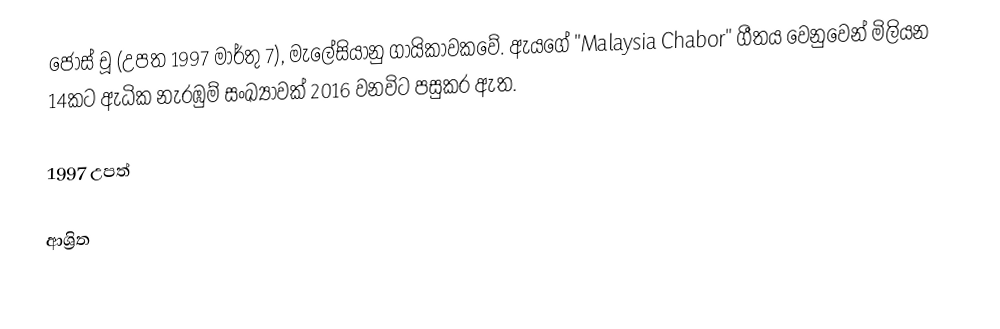
ජෝස් චූ (උපත 1997 මාර්තු 7), මැලේසියානු ගායිකාවකවේ. ඇයගේ "Malaysia Chabor" ගීතය වෙනුවෙන් මිලියන 14කට ඇධික නැරඹුම් සංඛ්‍යාවක් 2016 වනවිට පසුකර ඇත.

1997 උපත්

ආශ්‍රිත